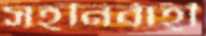
সহনির্বাহী